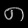
Digit: ၈